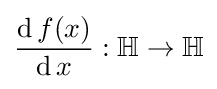
{\frac {\operatorname {d} f(x)}{\operatorname {d} x}}:\mathbb {H} \rightarrow \mathbb {H}